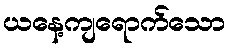
ယနေ့ကျရောက်သော